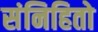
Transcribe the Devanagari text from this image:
संनिहितो